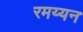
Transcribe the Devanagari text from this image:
रमय्यन